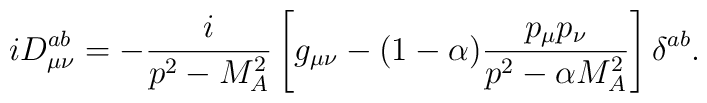
iD_{\mu\nu}^{ab}  =-\frac i{p^2-M_A^2}    \left[g_{\mu\nu}-(1-\alpha)\frac{p_\mu p_\nu}{p^2-\alpha M_A^2}\right]\delta^{ab} .